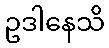
ဥဒါနေသိ